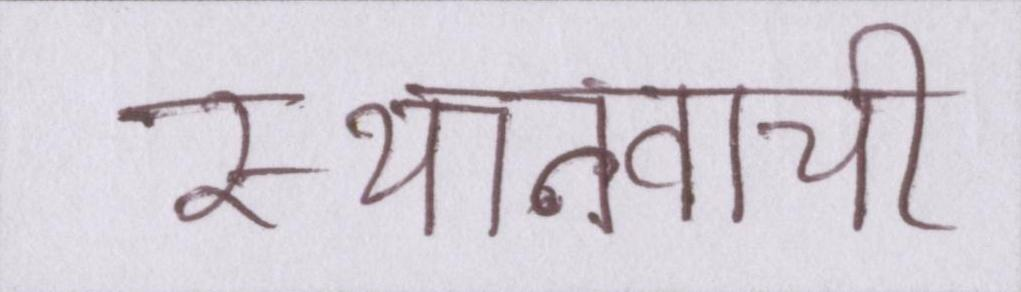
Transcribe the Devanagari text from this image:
स्थानवाची